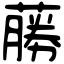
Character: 蕂